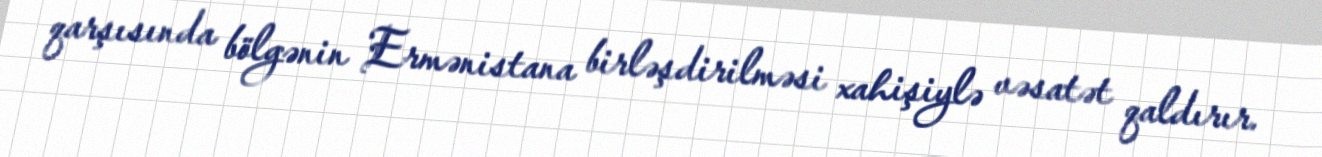
qarşısında bölgənin Ermənistana birləşdirilməsi xahişiylə vəsatət qaldırır.